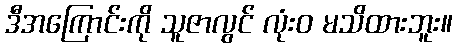
ဒီအကြောင်းကို သူဇာလွင် လုံးဝ မသိထားဘူး။